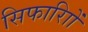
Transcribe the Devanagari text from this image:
सिफारिाों